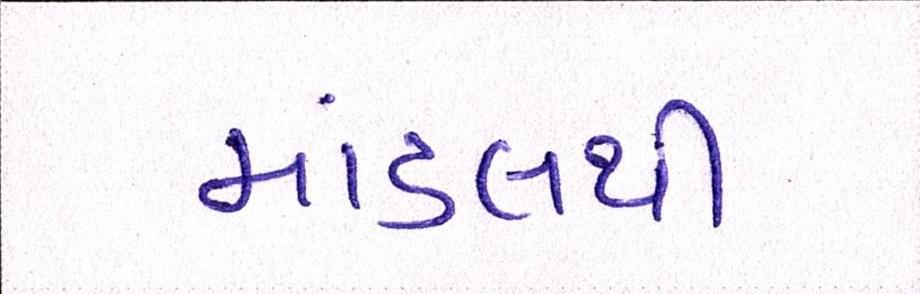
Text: માંડલથી